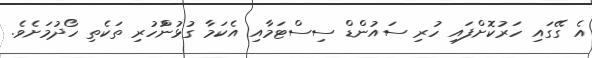
އެ ގޭގައި ހަރުކޮށްފައި ހުރި ސައުންޑް ސިސްޓަމާއި އެކަމާ ގުޅުންުހުރި ތަކެތި ހޯދުމަށެވެ.